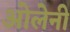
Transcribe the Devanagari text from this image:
ओलेनी